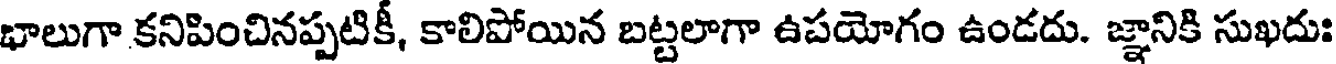
భాలుగా కనిపించినప్పటికీ, కాలిపోయిన బట్టలాగా ఉపయోగం ఉండదు. జ్ఞానికి సుఖదుః